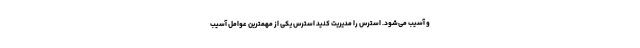
و آسیب می‌شود. استرس را مدیریت کنید استرس یکی از مهمترین عوامل آسیب